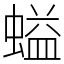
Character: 螠